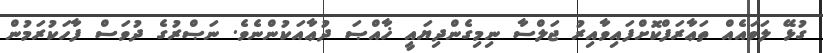
ގުޅޭ ލަވައެއް ތަޢާރަފްކޮށްފައިވާއިރު ޖަލްސާ ނިމިގެންދިޔައީ ޚާއްޞަ ދުޢާއަކުންނެވެ. ނަޞްރުގެ ދުވަސް ފާހަކުރަމުން